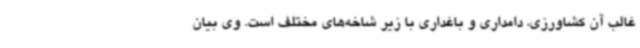
غالب آن کشاورزی، دامداری و باغداری با زیر شاخه‌های مختلف است. وی بیان